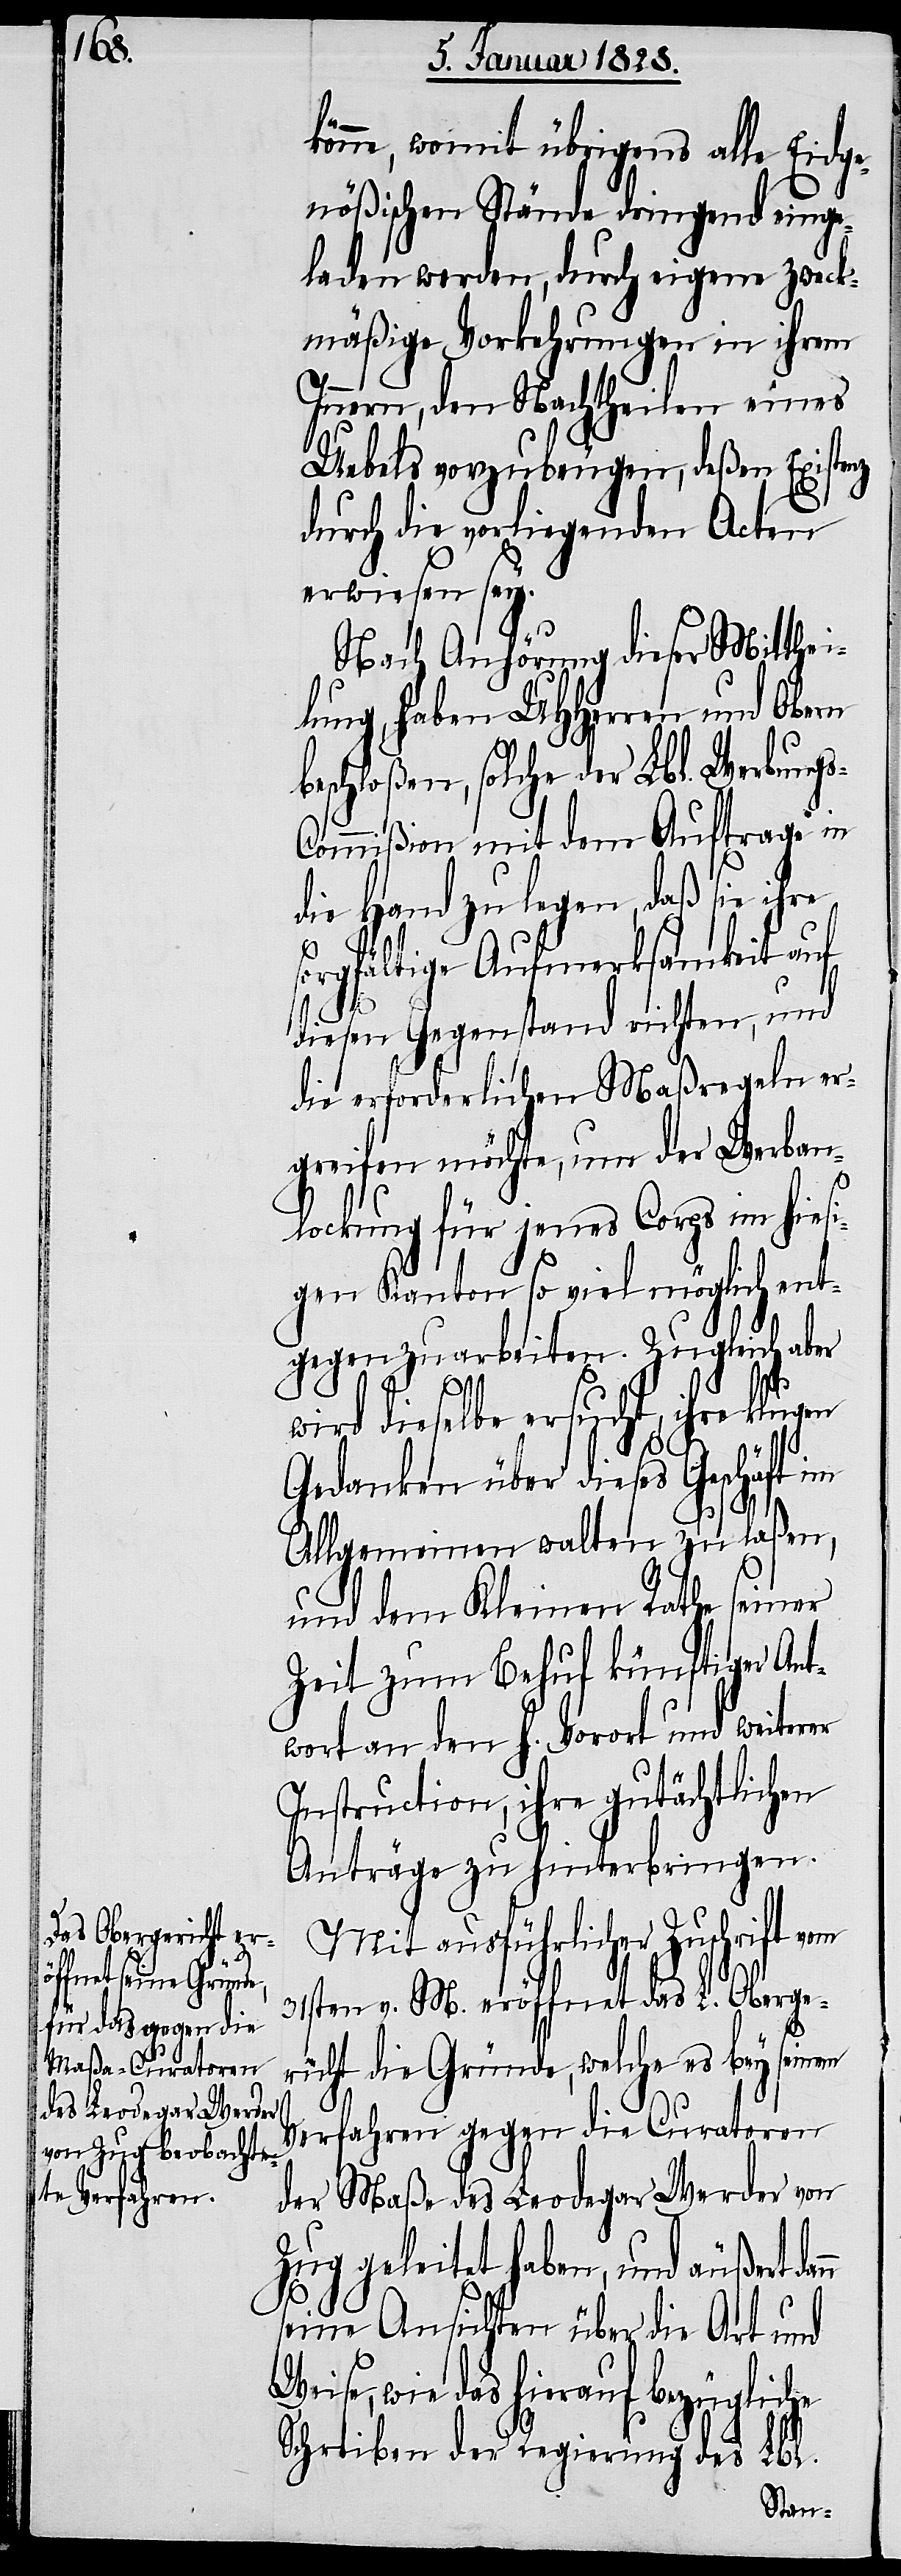
s-C¬
könne, womit übrigens alle Eydge¬
nößischen Stände dringen einge¬
laden werden, durch eigene zweck¬
mäßige Vorkehrungen in ihrem
Innern, den Nachtheilen eines
Uebels vorzubeugen, deßen Existenz
durch die vorliegenden Acten
erwiesen sey.
Nach Anhörung dieser Mitthei¬
lung, haben UHHerren und Obern
beschloßen, solche der Lbl. Werbung¬
ommißion mit dem Auftrage in
die Hand zu legen, daß sie ihre
sorgfältige Aufmerksamkeit auf
diesen Gegenstand richten, und
die erforderlichen Maaßregeln er¬
greifen möchte, um der Werban¬
lockung für jenes Corps in hiesi¬
gen Kanton so viel mögliche ent¬
gegenzuarbeiten. Zugleich aber
wird dieselbe ersucht, ihre klugen
Gedanken über dieses Geschäft im
Allgemeinen walten zu laßen,
und dem Kleinen Rathe seiner
Zeit zum Behuf künftiger Ant¬
wort an den h. Vorort und weiterer
Instruction, ihre gutächtlichen
Anträge zu hinterbringen.
Mit ausführlicher Zuschrift vom
31sten v. M. eröffnet das L. Oberge¬
richt die Gründe, welche es bey seinem
Verfahren gegen die Curatoren
der Maße des Leodegar Werder von
Zug geleitet haben, und äußert
seine Ansichten über die Art und
wie das hierauf bezügliche
Schreiben der Regierung des Lbl.